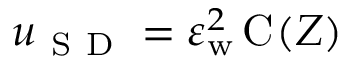
u _ { \mathrm { ~ S ~ D ~ } } = \varepsilon _ { \mathrm { w } } ^ { 2 } \, \mathrm { C } _ { } ( Z )